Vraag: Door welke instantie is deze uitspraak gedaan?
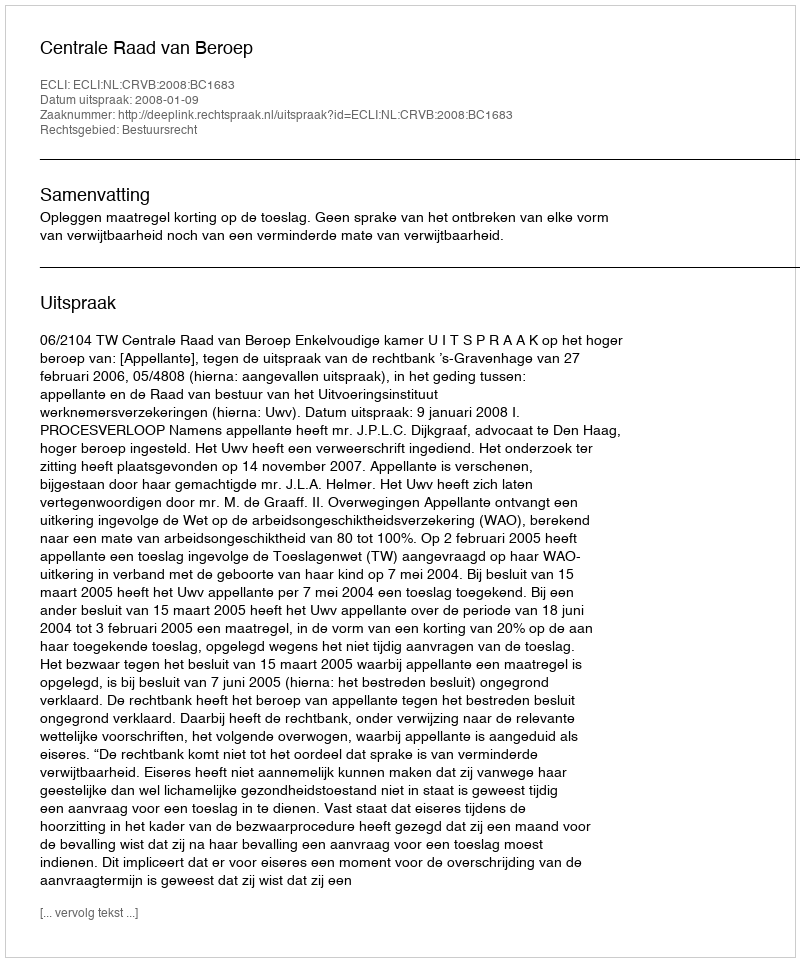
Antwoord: Centrale Raad van Beroep